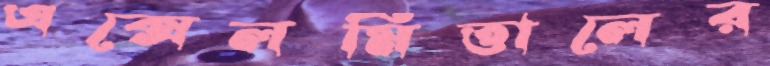
এক্সেলমিত্তালের